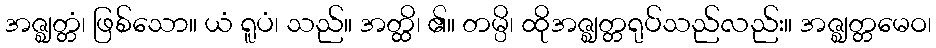
အဇ္ဈတ္တံ၊ ဖြစ်သော။ ယံ ရူပံ၊ သည်။ အတ္ထိ၊ ၏။ တမ္ပိ၊ ထိုအဇ္ဈတ္တရုပ်သည်လည်း။ အဇ္ဈတ္တမေဝ၊